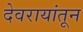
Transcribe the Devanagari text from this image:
देवरायांतून